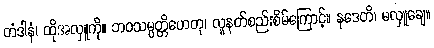
တံဒါနံ၊ ထိုအလှူကို။ ဘဝသမ္ပတ္တိဟေတု၊ လူနတ်စည်းစိမ်ကြောင့်။ နဒေတိ၊ မလှူချေ။